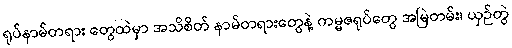
ရုပ်နာမ်တရား တွေထဲမှာ အသိစိတ် နာမ်တရားတွေနဲ့ ကမ္မဇရုပ်တွေ အမြဲတမ်း၊ ယှဉ်တွဲ